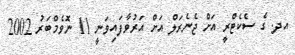
އދ. ގެ ސެކެޓްރީ އަށް ޖެނެރަލް އަށް އަރުވާފައިވަނީ 11 ނޮވެމްބަރު 2002